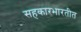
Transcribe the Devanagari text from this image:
सहकारभारतीत